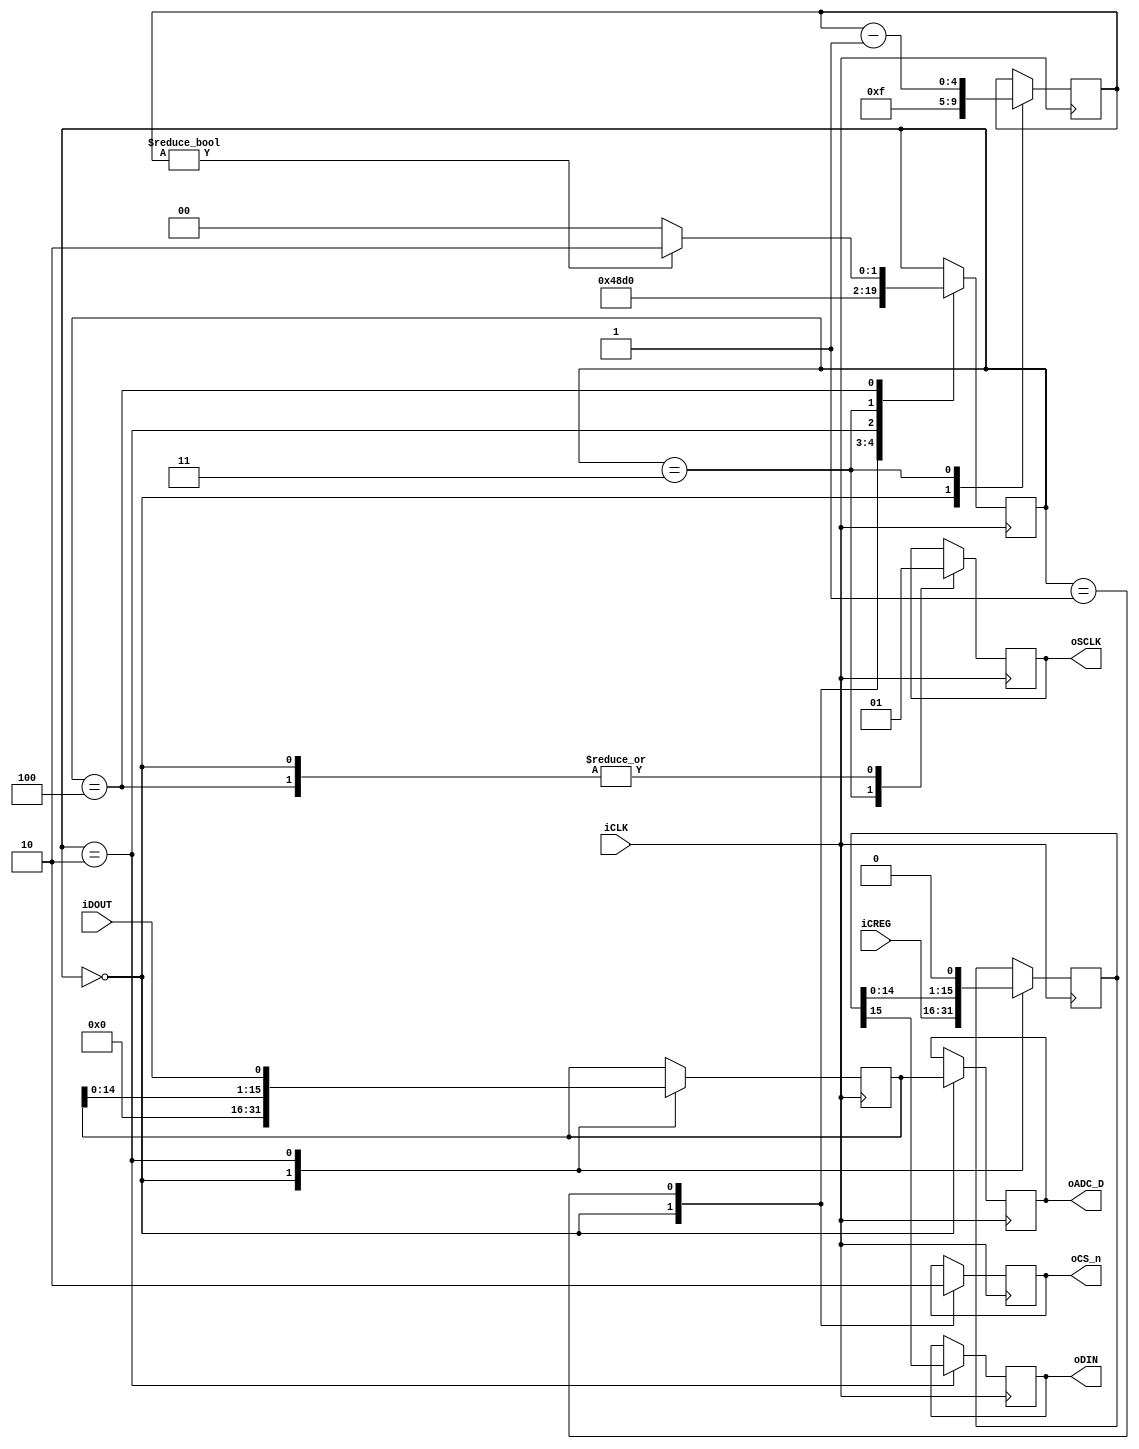
module SPI_CTRL	(	
input				iCLK,
input	   [15:0]iCREG,
output	reg [15:0]oADC_D,

output	reg	oDIN,
output	reg 	oCS_n,
output	reg	oSCLK,
input				iDOUT
				);
					
reg [3:0] ST; 
reg [4:0] COUNTER ;
reg [15:0]CREG ;
reg [15:0]ADC_DATA;

always@(posedge iCLK )
begin
case (ST)
0:begin 
      ST     <=1;
		oCS_n  <=1; 
		oSCLK  <=1;
		COUNTER<=15;
		CREG   <=iCREG ;
		{ oADC_D[15:0] , ADC_DATA[15:0] } <= { ADC_DATA[15:0] ,16'h0};
  end 
1:begin 
      oCS_n  <=0; 
      ST<=2;
  end 
2:begin 
      {oDIN,CREG[15:0]} <= {CREG[15:0], 1'b0} ;
       ADC_DATA[15:0]   <= {ADC_DATA[14:0], iDOUT} ; 		
       ST<=3;
  end 
3:begin 
      oSCLK  <=0;
      COUNTER<=COUNTER-1;
      ST<=4;
  end 
4:begin 
      oSCLK  <=1;
      if ( COUNTER!=0) ST<=2 ; 
      else ST<=0 ;
  end 
endcase
end






endmodule